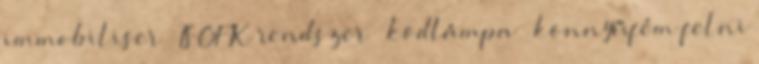
immobiliser – ISOFIX rendszer – ködlámpa – könnyűfém felni